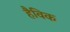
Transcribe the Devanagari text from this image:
हैविक